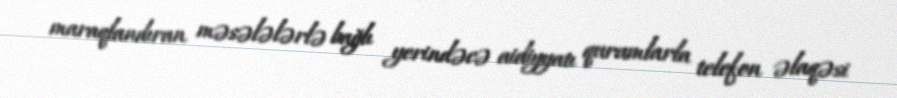
maraqlandıran məsələlərlə bağlı yerindəcə aidiyyatı qurumlarla telefon əlaqəsi